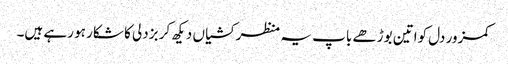
کمزور دل کواتین بوڑھے باپ یہ منظر کشیاں دیکھ کر بزدلی کا شکار ہو رہے ہیں۔